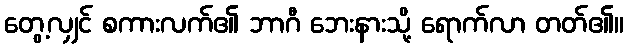
တွေ့လျှင် စကားလက်၏ ဘာဂီ ဘေးနားသို့ ရောက်လာ တတ်၏။